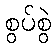
စွပ်စွဲ